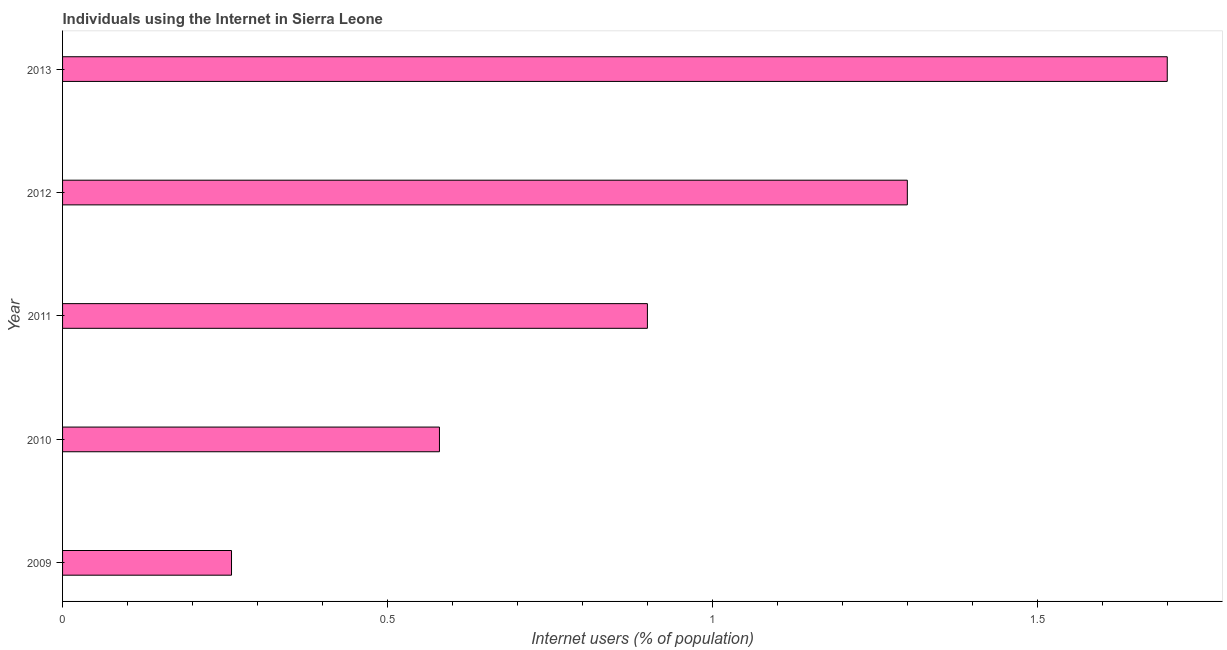
| Year | Internet users |
 | --- | --- |
 | 2009 | 0.26 |
 | 2010 | 0.58 |
 | 2011 | 0.9 |
 | 2012 | 1.3 |
 | 2013 | 1.7 |